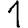
Digit: 1